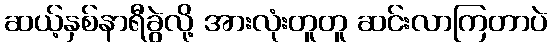
ဆယ့်နှစ်နာရီခွဲလို့ အားလုံးတူတူ ဆင်းလာကြတာပဲ